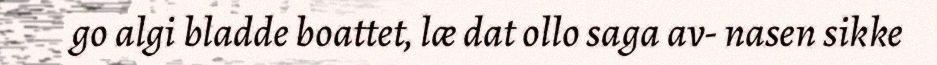
go algi bladde boattet, læ dat ollo saga av- nasen sikke